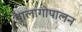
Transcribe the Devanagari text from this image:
बालागोपालन